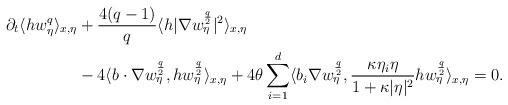
LaTeX: \begin{align*}\partial_t \langle hw_\eta^q \rangle_{x,\eta} & + \frac{4(q-1)}{q}\langle h |\nabla w^{\frac{q}{2}}_\eta|^2\rangle_{x,\eta} \\& - 4\langle b\cdot \nabla w_\eta^{\frac{q}{2}},h w_\eta^{\frac{q}{2}}\rangle_{x,\eta} + 4\theta\sum_{i=1}^d \langle b_i \nabla w_\eta^{\frac{q}{2}}, \frac{\kappa \eta_i \eta}{1+\kappa |\eta|^2} h w_\eta^{\frac{q}{2}}\rangle_{x,\eta}=0.\end{align*}